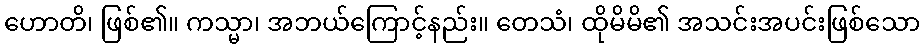
ဟောတိ၊ ဖြစ်၏။ ကသ္မာ၊ အဘယ်ကြောင့်နည်း။ တေသံ၊ ထိုမိမိ၏ အသင်းအပင်းဖြစ်သော